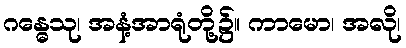
ဂန္ဓေသု၊ အနံ့အာရုံတို့၌။ ကာမော၊ အလို၊